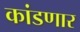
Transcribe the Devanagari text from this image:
कांडणार